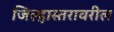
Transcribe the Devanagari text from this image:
जिल्हास्तरावरील